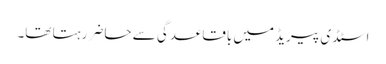
اسٹڈی پیریڈ میں باقاعدگی سے حاضر رہتا تھا۔